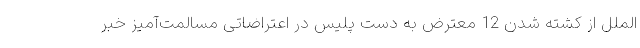
‌الملل از کشته شدن 12 معترض به دست پلیس در اعتراضاتی مسالمت‌آمیز خبر